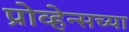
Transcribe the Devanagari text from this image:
प्रोव्हेन्सच्या